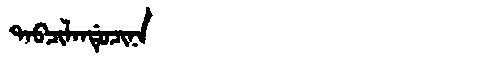
Manchu: ᡨᠠᠪᠴᡳᠯᠠᠨᡩᡠᠴᡳᠨᠠ
Romanization: TABCILANDUCINA